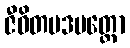
ဇီဝိတမဒမတ္တော